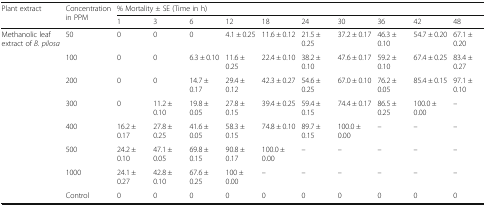
<table><thead><tr><td rowspan="2"><b>Plant extract</b></td><td rowspan="2"><b>Concentration in PPM</b></td><td colspan="10"><b>% Mortality ± SE (Time in h)</b></td></tr><tr><td><b>1</b></td><td><b>3</b></td><td><b>6</b></td><td><b>12</b></td><td><b>18</b></td><td><b>24</b></td><td><b>30</b></td><td><b>36</b></td><td><b>42</b></td><td><b>48</b></td></tr></thead><tbody><tr><td rowspan="8">Methanolic leaf extract of <i>B. pilosa</i></td><td>50</td><td>0</td><td>0</td><td>0</td><td>4.1 ± 0.25</td><td>11.6 ± 0.12</td><td>21.5 ± 0.25</td><td>37.2 ± 0.17</td><td>46.3 ± 0.10</td><td>54.7 ± 0.20</td><td>67.1 ± 0.20</td></tr><tr><td>100</td><td>0</td><td>0</td><td>6.3 ± 0.10</td><td>11.6 ± 0.25</td><td>22.4 ± 0.10</td><td>38.2 ± 0.10</td><td>47.6 ± 0.17</td><td>59.2 ± 0.10</td><td>67.4 ± 0.25</td><td>83.4 ± 0.27</td></tr><tr><td>200</td><td>0</td><td>0</td><td>14.7 ± 0.17</td><td>29.4 ± 0.12</td><td>42.3 ± 0.27</td><td>54.6 ± 0.25</td><td>67.0 ± 0.10</td><td>76.2 ± 0.05</td><td>85.4 ± 0.15</td><td>97.1 ± 0.10</td></tr><tr><td>300</td><td>0</td><td>11.2 ± 0.10</td><td>19.8 ± 0.05</td><td>27.8 ± 0.15</td><td>39.4 ± 0.25</td><td>59.4 ± 0.15</td><td>74.4 ± 0.17</td><td>86.5 ± 0.25</td><td>100.0 ± 0.00</td><td>–</td></tr><tr><td>400</td><td>16.2 ± 0.17</td><td>27.8 ± 0.25</td><td>41.6 ± 0.05</td><td>58.3 ± 0.15</td><td>74.8 ± 0.10</td><td>89.7 ± 0.15</td><td>100.0 ± 0.00</td><td>–</td><td>–</td><td>–</td></tr><tr><td>500</td><td>24.2 ± 0.10</td><td>47.1 ± 0.05</td><td>69.8 ± 0.15</td><td>90.8 ± 0.17</td><td>100.0 ± 0.00</td><td>–</td><td>–</td><td>–</td><td>–</td><td>–</td></tr><tr><td>1000</td><td>24.1 ± 0.27</td><td>42.8 ± 0.10</td><td>67.6 ± 0.25</td><td>100 ± 0.00</td><td>–</td><td>–</td><td>–</td><td>–</td><td>–</td><td>–</td></tr><tr><td>Control</td><td>0</td><td>0</td><td>0</td><td>0</td><td>0</td><td>0</td><td>0</td><td>0</td><td>0</td><td>0</td></tr></tbody></table>